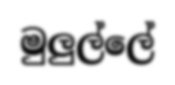
මුලුල්ලේ